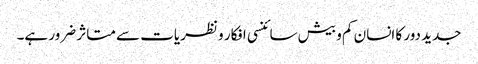
جدید دور کا انسان کم و بیش سائنسی افکار و نظریات سے متاثر ضرور ہے۔